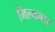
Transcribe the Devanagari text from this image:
मिल्कबार